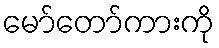
မော်တော်ကားကို